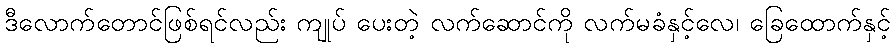
ဒီလောက်တောင်ဖြစ်ရင်လည်း ကျုပ် ပေးတဲ့ လက်ဆောင်ကို လက်မခံနှင့်လေ၊ ခြေထောက်နှင့်